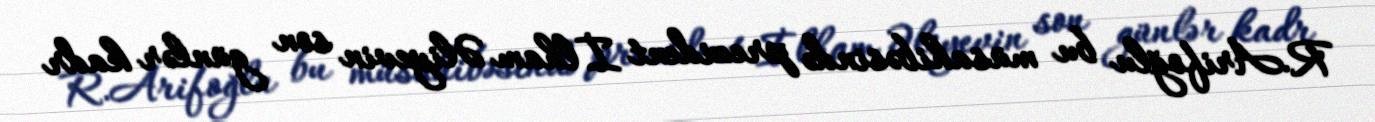
R.Arifoğlu bu müsahibəsində prezident İlham Əliyevin son günlər kadr